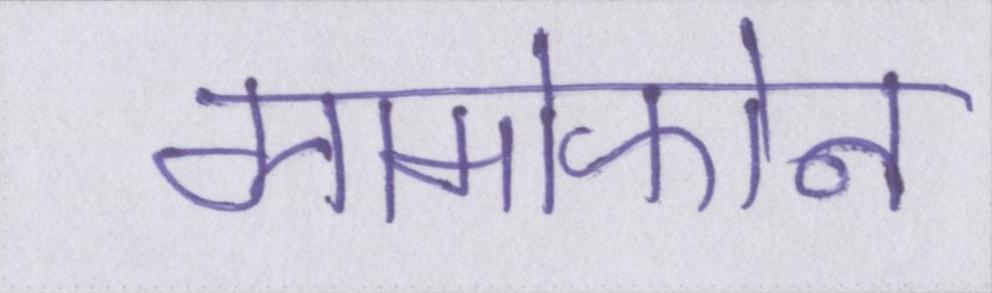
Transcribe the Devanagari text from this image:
ग्रामोफोन